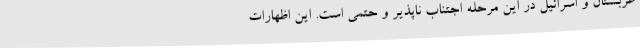
عربستان و اسرائیل در این مرحله اجتناب ناپذیر و حتمی است. این اظهارات